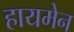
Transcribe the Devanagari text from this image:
हायमेन